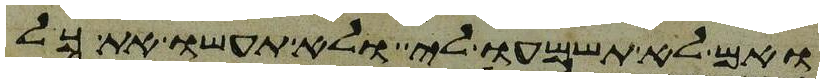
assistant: ואם לא תשמעו לי ולא תעשו את כל